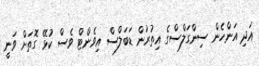
އަދި އަންހެން ސިންގަލްސްގެ އިތުރުން ޑަބަލްސް އިވެންޓް ވެސް ކުޅޭ ގޮތަށް ވަނީ